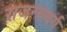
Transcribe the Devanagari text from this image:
राजन्यवर्ग